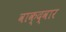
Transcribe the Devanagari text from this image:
वाक्द्वार